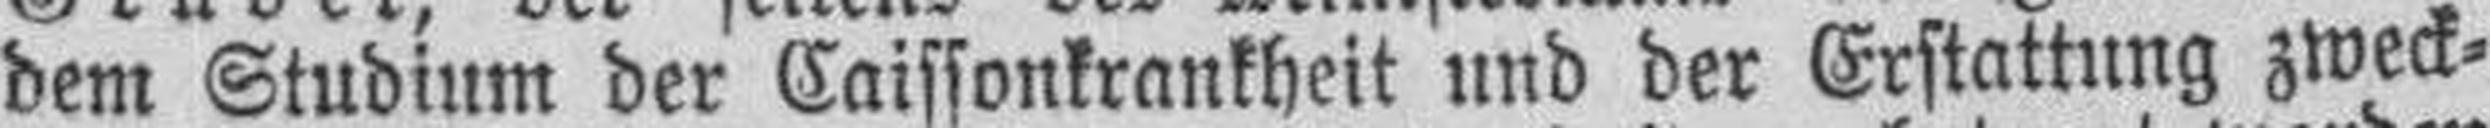
dem Studium der Caissonkrankheit und der Erstattung zweck¬